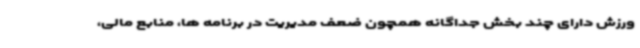
ورزش دارای چند بخش جداگانه همچون ضعف مدیریت در برنامه ها، منابع مالی،